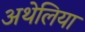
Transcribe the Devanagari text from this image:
अथेलिया